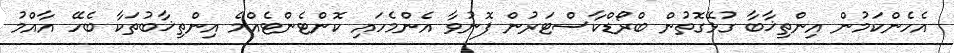
އެހެންކަމުން އިންތިޚާބާ ގުޅޭގޮތުން ބްރޯޑްކާސްޓަރުން ފޮނުވާ އެންމެހައި ކޮންޓެންޓެއްމެ އިންތިޚާބުތަކާ ބެހޭ އާއްމު